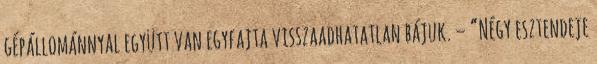
gépállománnyal együtt van egyfajta visszaadhatatlan bájuk. – “Négy esztendeje